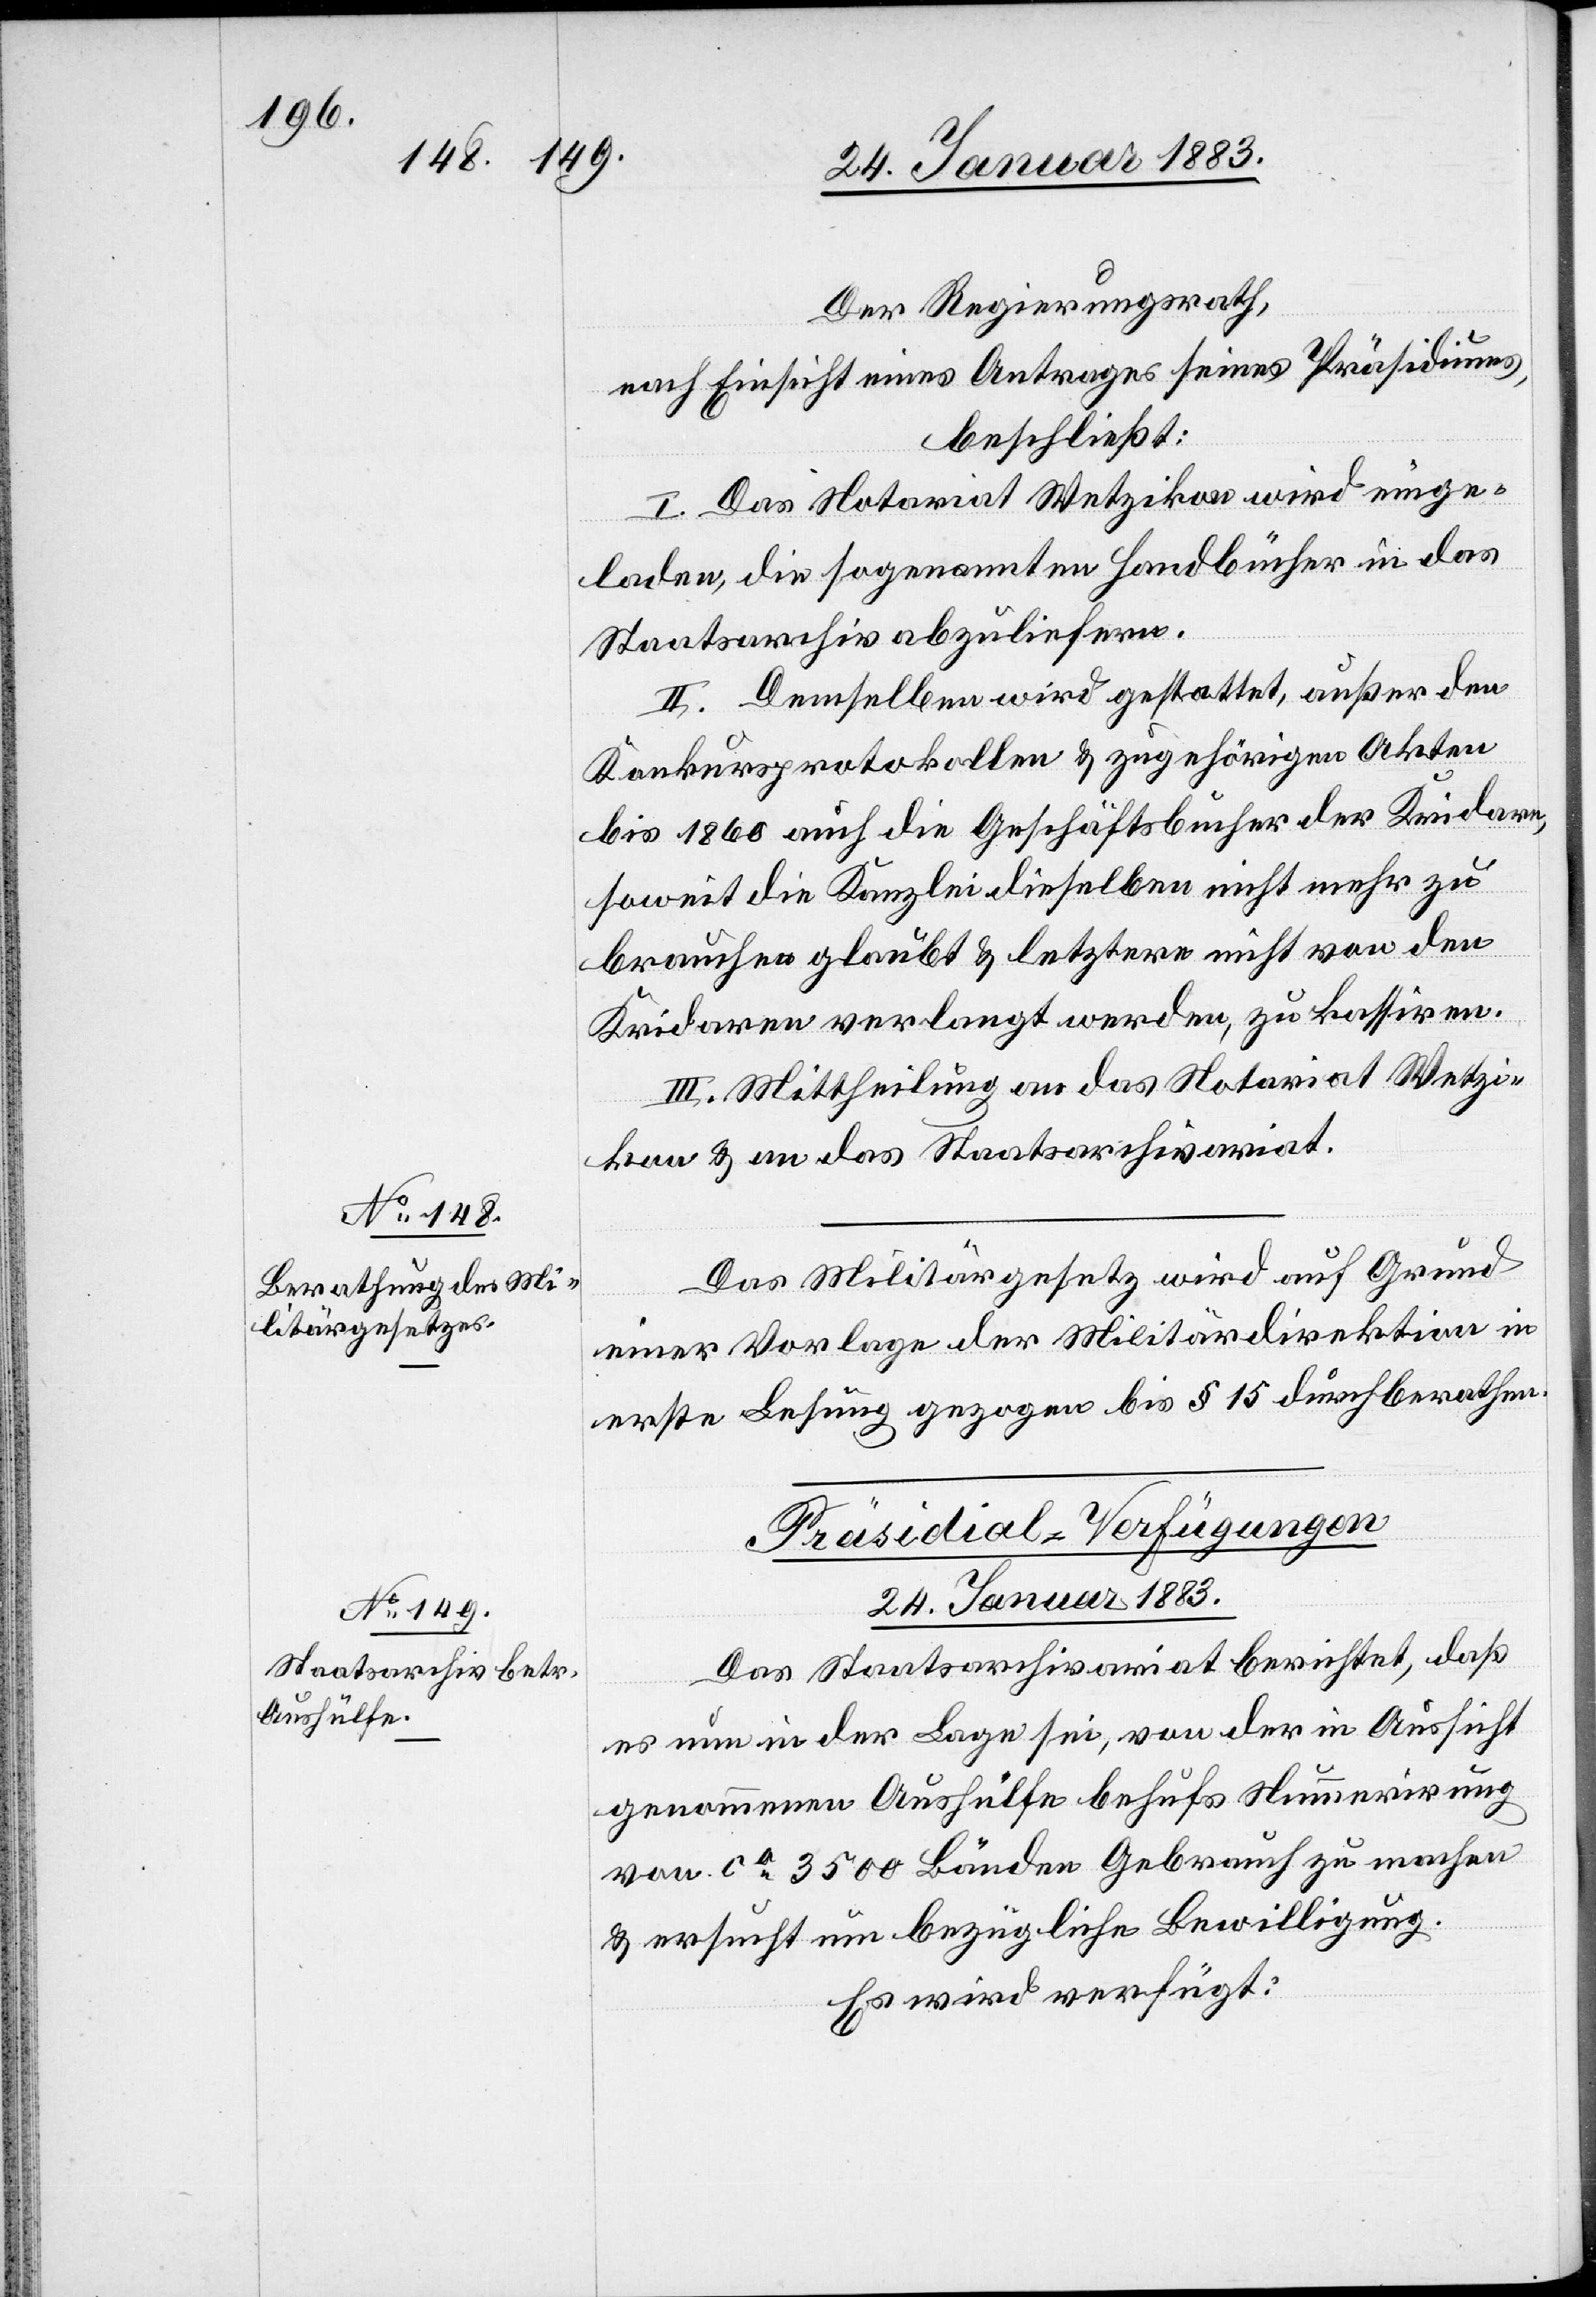
Der Regierungsrath,
nach Einsicht eines Antrages seines Präsidiums,
beschließt:
I. Das Notariat Wetzikon wird einge¬
laden, die sogenannten Handbücher in das
Staatsarchiv abzuliefern.
II. Demselben wird gestattet, außer den
Konkursprotokollen & zugehörigen Akten
bis 1860 auch die Geschäftsbücher der Kridare,
soweit die Kanzlei dieselben nicht mehr zu
brauchen glaubt & letztere nicht von den
Kridaren verlangt werden, zu kassiren.
III. Mittheilung an das Notariat Wetzi¬
kon & an das Staatsarchivariat.
Das Militärgesetz wird auf Grund
einer Vorlage der Militärdirektion in
erste Lesung gezogen bis § 15 durchberathen.
Präsidial-Verfügungen
24. Januar 1883.
Das Staatsarchivariat berichtet, daß
es nun in der Lage sei, von der in Aussicht
genommenen Aushülfe behufs Nummerirung
von ca 3500 Bänden Gebrauch zu machen
& ersucht um bezügliche Bewilligung.
Es wird verfügt: